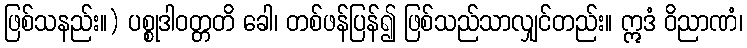
ဖြစ်သနည်း။) ပစ္စုဒါဝတ္တတိ ခေါ၊ တစ်ဖန်ပြန်၍ ဖြစ်သည်သာလျှင်တည်း။ ဣဒံ ဝိညာဏံ၊